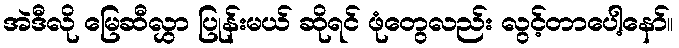
အဲဒီလို မြေဆီလွှာ ပြုန်းမယ် ဆိုရင် ဖုံတွေလည်း လွင့်တာပေါ့နော်။